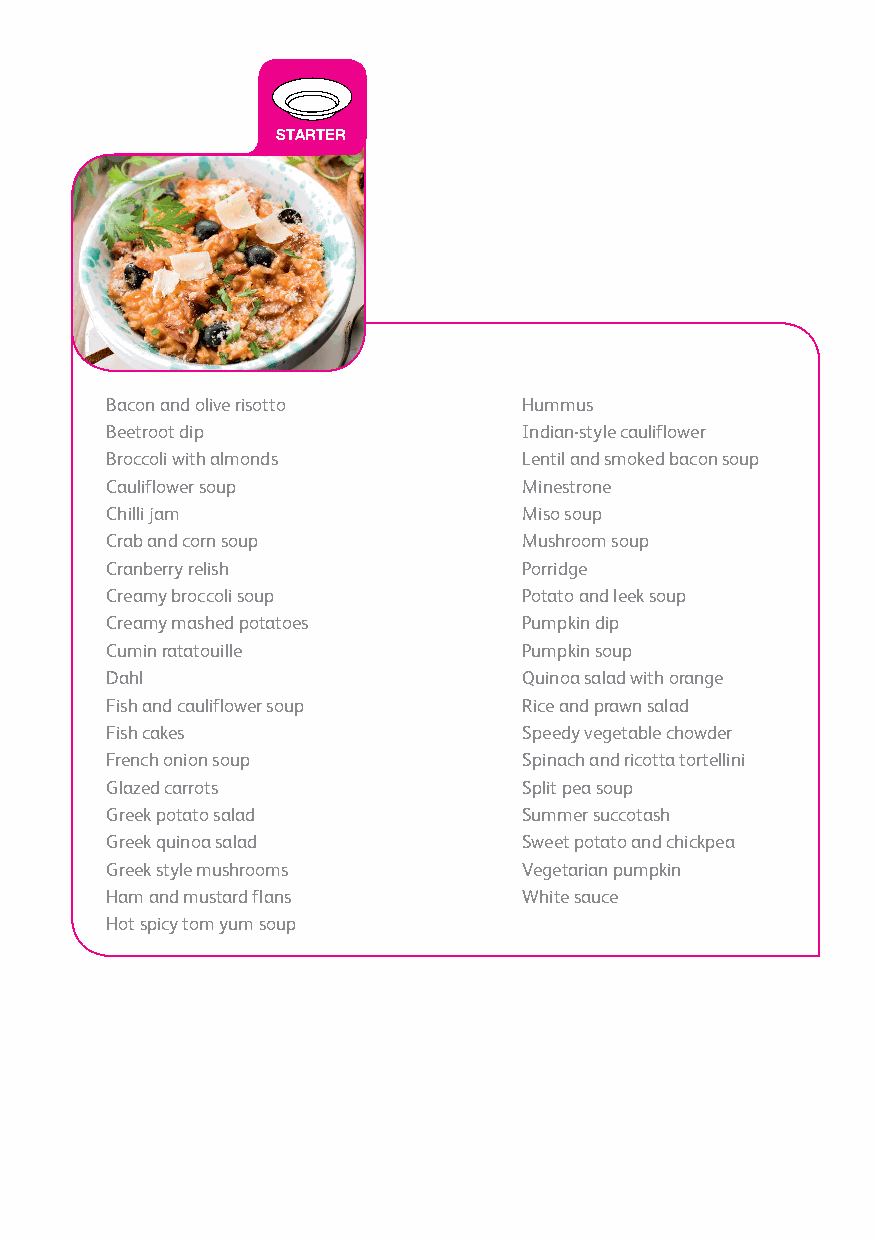
STARTER
 Bacon and olive risotto     Hummus
 Beetroot dip                Indian-style cauliflower
 Broccoli with almonds       Lentil and smoked bacon soup
 Cauliflower soup            Minestrone
 Chilli jam                  Miso soup
 Crab and corn soup          Mushroom soup
 Cranberry relish            Porridge
 Creamy broccoli soup        Potato and leek soup
 Creamy mashed potatoes      Pumpkin dip
 Cumin ratatouille           Pumpkin soup
 Dahl                        Quinoa salad with orange
 Fish and cauliflower soup   Rice and prawn salad
 Fish cakes                  Speedy vegetable chowder
 French onion soup           Spinach and ricotta tortellini
 Glazed carrots              Split pea soup
 Greek potato salad          Summer succotash
 Greek quinoa salad          Sweet potato and chickpea
 Greek style mushrooms       Vegetarian pumpkin
 Ham and mustard flans       White sauce
 Hot spicy tom yum soup